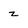
Character: z